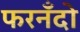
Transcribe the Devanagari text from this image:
फरनँदो